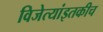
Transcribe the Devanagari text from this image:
विजेत्यांइतकीच